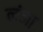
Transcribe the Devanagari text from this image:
लंजा